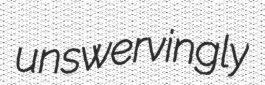
unswervingly